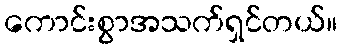
ကောင်းစွာအသက်ရှင်တယ်။